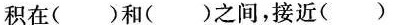
积在( )和( )之间，接近( )